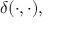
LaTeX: \delta ( \cdot , \cdot ) ,